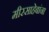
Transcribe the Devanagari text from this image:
मीरसाहेबांना